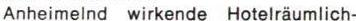
Anheimelnd wirkende Hotelräumlich-